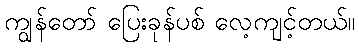
ကျွန်တော် ပြေးခုန်ပစ် လေ့ကျင့်တယ်။